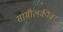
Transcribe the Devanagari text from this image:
सामीलकीवर